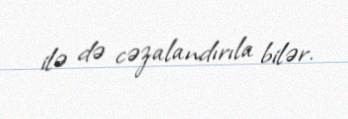
ilə də cəzalandırıla bilər.